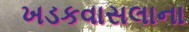
ખડકવાસલાના